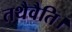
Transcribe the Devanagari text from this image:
तथैवैति।